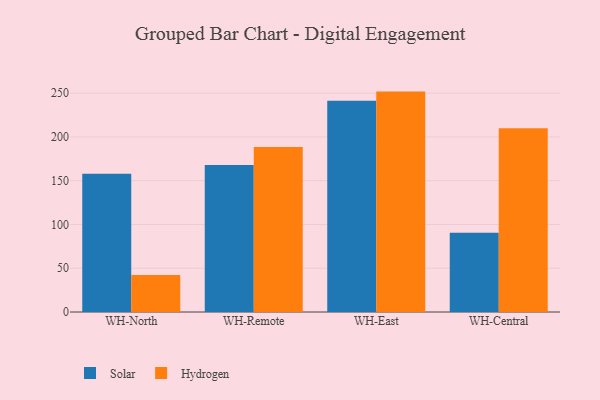
{"axis": {"x": "Warehouse", "y": "Shipments"}, "legend": ["Hydrogen", "Solar"], "data": [{"x": "WH-North", "y": 157.9, "type": "Solar"}, {"x": "WH-North", "y": 42.2, "type": "Hydrogen"}, {"x": "WH-Remote", "y": 167.9, "type": "Solar"}, {"x": "WH-Remote", "y": 188.4, "type": "Hydrogen"}, {"x": "WH-East", "y": 241.3, "type": "Solar"}, {"x": "WH-East", "y": 251.8, "type": "Hydrogen"}, {"x": "WH-Central", "y": 90.4, "type": "Solar"}, {"x": "WH-Central", "y": 210.0, "type": "Hydrogen"}]}